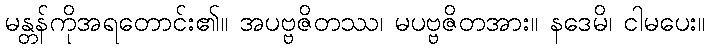
မန္တန်ကိုအရတောင်း၏။ အပဗ္ဗဇိတဿ၊ မပဗ္ဗဇိတအား။ နဒေမိ၊ ငါမပေး။